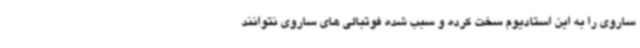
ساروی را به این استادیوم سخت کرده و سبب شده فوتبالی های ساروی نتوانند